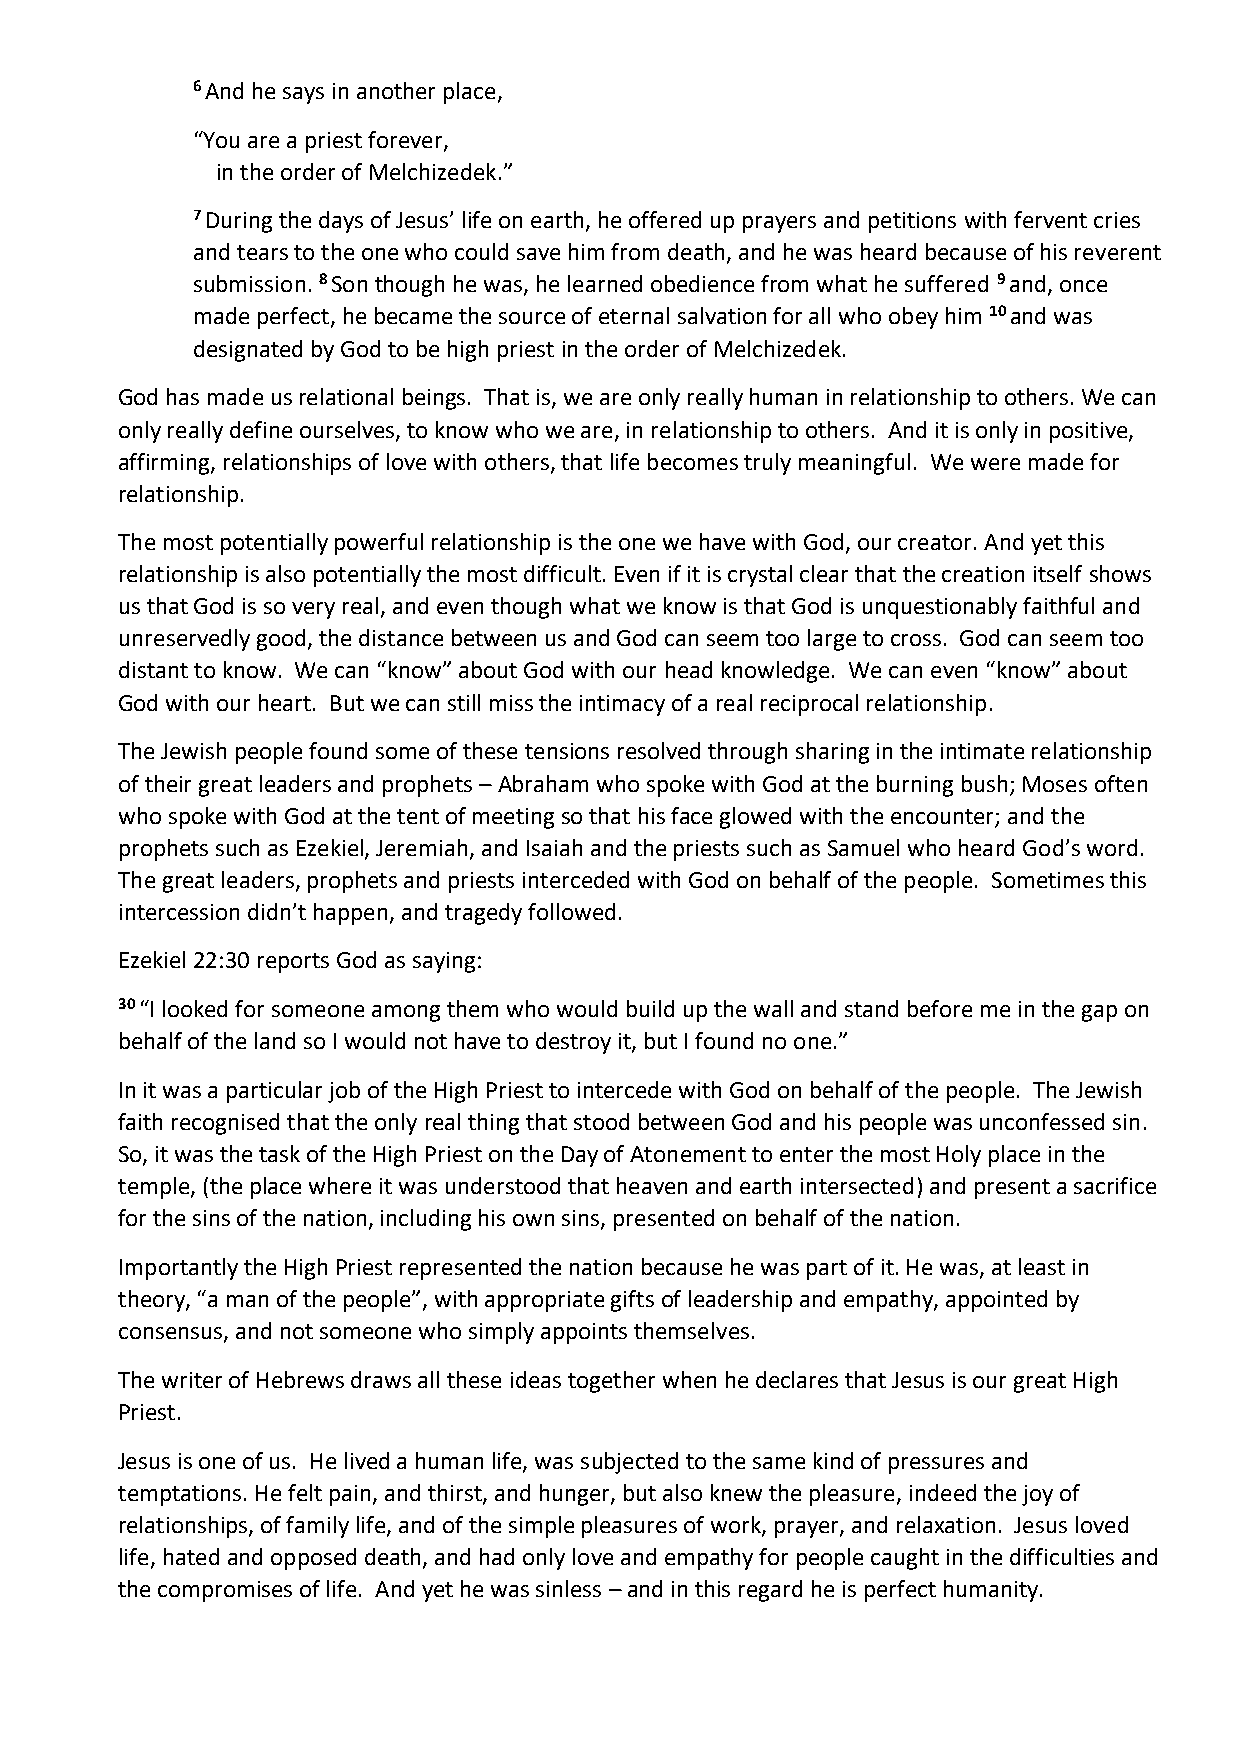
6 And he says in another place,
 “You are a priest forever,
 in the order of Melchizedek.”
 7 During the days of Jesus’ life on earth, he offered up prayers and petitions with fervent cries
 and tears to the one who could save him from death, and he was heard because of his reverent
 submission. 8 Son though he was, he learned obedience from what he suffered 9 and, once
 made perfect, he became the source of eternal salvation for all who obey him 10 and was
 designated by God to be high priest in the order of Melchizedek.
 God has made us relational beings. That is, we are only really human in relationship to others. We can
 only really define ourselves, to know who we are, in relationship to others. And it is only in positive,
 affirming, relationships of love with others, that life becomes truly meaningful. We were made for
 relationship.
 The most potentially powerful relationship is the one we have with God, our creator. And yet this
 relationship is also potentially the most difficult. Even if it is crystal clear that the creation itself shows
 us that God is so very real, and even though what we know is that God is unquestionably faithful and
 unreservedly good, the distance between us and God can seem too large to cross. God can seem too
 distant to know. We can “know” about God with our head knowledge. We can even “know” about
 God with our heart. But we can still miss the intimacy of a real reciprocal relationship.
 The Jewish people found some of these tensions resolved through sharing in the intimate relationship
 of their great leaders and prophets – Abraham who spoke with God at the burning bush; Moses often
 who spoke with God at the tent of meeting so that his face glowed with the encounter; and the
 prophets such as Ezekiel, Jeremiah, and Isaiah and the priests such as Samuel who heard God’s word.
 The great leaders, prophets and priests interceded with God on behalf of the people. Sometimes this
 intercession didn’t happen, and tragedy followed.
 Ezekiel 22:30 reports God as saying:
 30 “I looked for someone among them who would build up the wall and stand before me in the gap on
 behalf of the land so I would not have to destroy it, but I found no one.”
 In it was a particular job of the High Priest to intercede with God on behalf of the people. The Jewish
 faith recognised that the only real thing that stood between God and his people was unconfessed sin.
 So, it was the task of the High Priest on the Day of Atonement to enter the most Holy place in the
 temple, (the place where it was understood that heaven and earth intersected) and present a sacrifice
 for the sins of the nation, including his own sins, presented on behalf of the nation.
 Importantly the High Priest represented the nation because he was part of it. He was, at least in
 theory, “a man of the people”, with appropriate gifts of leadership and empathy, appointed by
 consensus, and not someone who simply appoints themselves.
 The writer of Hebrews draws all these ideas together when he declares that Jesus is our great High
 Priest.
 Jesus is one of us. He lived a human life, was subjected to the same kind of pressures and
 temptations. He felt pain, and thirst, and hunger, but also knew the pleasure, indeed the joy of
 relationships, of family life, and of the simple pleasures of work, prayer, and relaxation. Jesus loved
 life, hated and opposed death, and had only love and empathy for people caught in the difficulties and
 the compromises of life. And yet he was sinless – and in this regard he is perfect humanity.